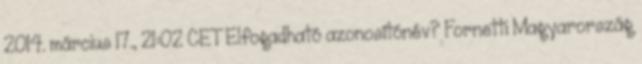
2014. március 17., 21:02 CET Elfogadható azonosítónév? Fornetti Magyarország